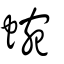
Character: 蜿